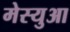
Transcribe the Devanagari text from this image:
मेस्युआ